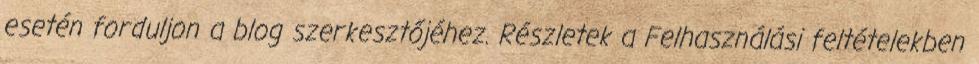
esetén forduljon a blog szerkesztőjéhez. Részletek a Felhasználási feltételekben